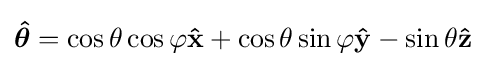
{\boldsymbol {\hat {\theta }}}=\cos \theta \cos \varphi \mathbf {\hat {x}} +\cos \theta \sin \varphi \mathbf {\hat {y}} -\sin \theta \mathbf {\hat {z}}